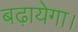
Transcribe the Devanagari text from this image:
बढ़ायेगा।